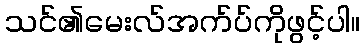
သင်၏မေးလ်အက်ပ်ကိုဖွင့်ပါ။